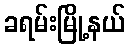
ခရမ်းမြို့နယ်